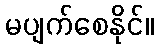
မပျက်စေနိုင်။